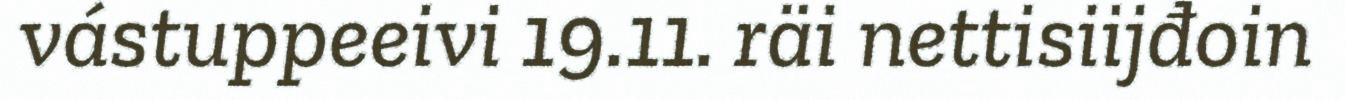
vástuppeeivi 19.11. räi nettisiijđoin